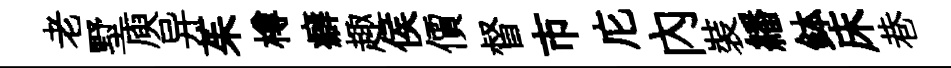
老墅庾异茱樽癖趣侯價督市庀內裝繙鉢床巷